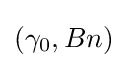
\left(\gamma _{0},Bn\right)